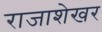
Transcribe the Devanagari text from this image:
राजाशेखर